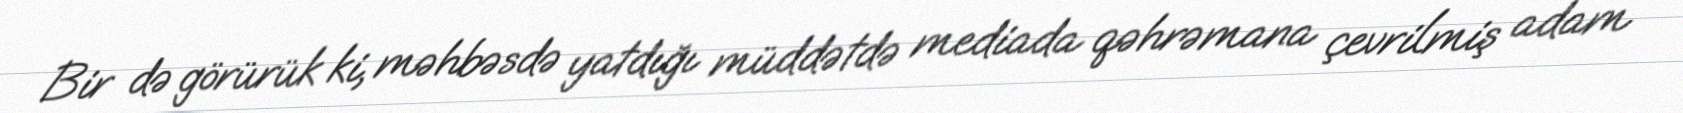
Bir də görürük ki, məhbəsdə yatdığı müddətdə mediada qəhrəmana çevrilmiş adam